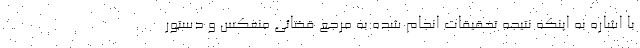
با اشاره به اینکه نتیجه تحقیقات انجام شده به مرجع قضائی منعکس و دستور